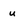
Character: u